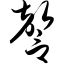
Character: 謦